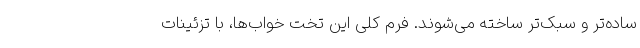
ساده‌تر و سبک‌تر ساخته می‌شوند. فرم کلی این تخت خواب‌ها، با تزئینات